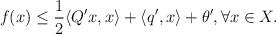
LaTeX: \begin{align*}f(x)\le \frac{1}{2} \langle Q'x,x\rangle+ \langle q',x\rangle +\theta',\forall x\in X.\end{align*}